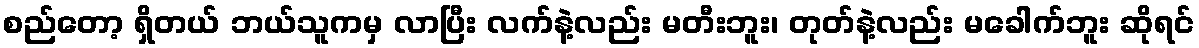
စည်တော့ ရှိတယ် ဘယ်သူကမှ လာပြီး လက်နဲ့လည်း မတီးဘူး၊ တုတ်နဲ့လည်း မခေါက်ဘူး ဆိုရင်